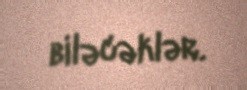
biləcəklər.